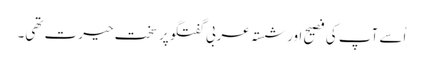
اُسے آپ کی فصیح اور شستہ عربی گفتگو پر سخت حیرت تھی۔